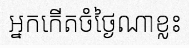
អ្នកកើតចំថ្ងៃណាខ្លះ